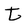
Character: t